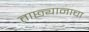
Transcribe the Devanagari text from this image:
ताछ्यानाचा